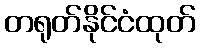
တရုတ်နိုင်ငံထုတ်